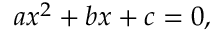
a x ^ { 2 } + b x + c = 0 ,